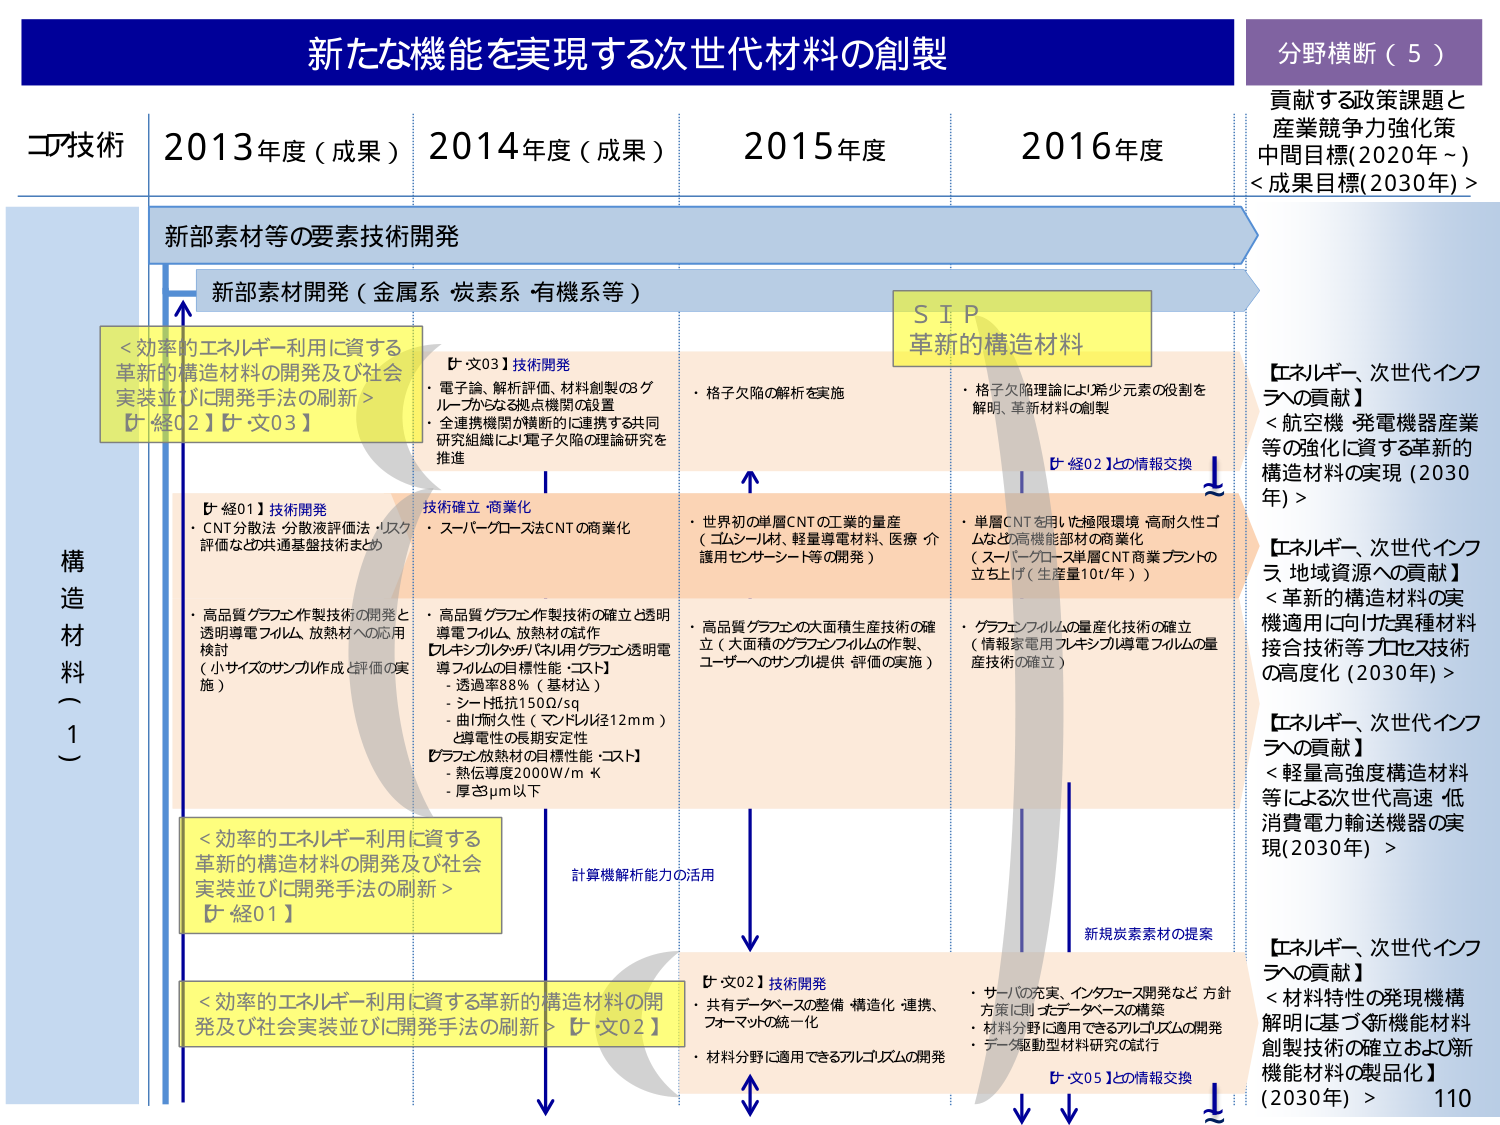
新たな機能を実現する次世代材料の創製

分野横断（5）
貢献する政策課題と
産業競争力強化策
中間目標(2020年～)
<成果目標(2030年)>

コア技術
2013年度（成果） 2014年度（成果） 2015年度 2016年度

新部素材等の要素技術開発
新部素材開発（金属系 炭素系 有機系等）

S I P
革新的構造材料

<効率的エネルギー利用に資する
革新的構造材料の開発及び社会
実装並びに開発手法の刷新>
【経02】【文03】

【文03】技術開発
・電子論、解析評価、材料創製の3グループからなる拠点機関の設置
・全連携機関が横断的に連携する共同研究組織により格子欠陥の理論研究を推進

・格子欠陥の解析を実施

・格子欠陥理論により希少元素の役割を解明、革新材料の創製

【経02】との情報交換

【エネルギー、次世代インフラへの貢献】
<航空機・発電機器産業等の強化に資する革新的構造材料の実現（2030年）>

【エネルギー、次世代インフラ・地域資源への貢献】
<革新的構造材料の実機適用に向けた異種材料接合技術等プロセス技術の高度化（2030年）>

【エネルギー、次世代インフラへの貢献】
<軽量高強度構造材料等による次世代高速低消費電力輸送機器の実現（2030年）>

【エネルギー、次世代インフラへの貢献】
<材料特性の発現機構解明に基づく新機能材料創製技術の確立および新機能材料の製品化>（2030年）

構造材料（1）

【経01】技術開発
・CNT分散法、分散液評価法・リスク評価など共通基盤技術まとめ
・高品質グラフェン作製技術の開発と透明導電フィルム、放熱材への応用検討（小サイズのサンプル作成と評価の実施）

技術確立・商業化
・スーパーグローズ法CNTの商業化
・高品質グラフェン作製技術の確立と透明導電フィルム、放熱材の試作
【レキシブルタッチパネル用グラフェン透明導電フィルムの目標性能・コスト】
- 透過率88%（基材込）
- シート抵抗150Ω/sq
- 曲げ耐久性（マンドレル径12mm）
- 導電性の長期安定性
【グラフェン放熱材の目標性能・コスト】
- 熱伝導度2000W/m·K
- 厚さ3μm以下

・世界初の単層CNTの工業的量産（ゴムシール材、軽量導電材料、医療・介護用センサーシート等の開発）

・単層CNTを用いた極限環境・高耐久性ゴムなど高機能部材の商業化（スーパーグローズ単層CNT商業プラントの立ち上げ（生産量10t/年））

・高品質グラフェンの大面积生産技術の確立（大面积のグラフェンフィルムの作製、ユーザーへのサンプル提供・評価の実施）

・グラフェンフィルムの量産化技術の確立（情報家電用フレキシブル導電フィルムの量産技術の確立）

<効率的エネルギー利用に資する革新的構造材料の開発及び社会実装並びに開発手法の刷新>
【経01】

<効率的エネルギー利用に資する革新的構造材料の開発及び社会実装並びに開発手法の刷新>
【文02】

【文02】技術開発
・共有データベースの整備・構造化・連携、フォーマットの統一化
・材料分野に適用できるアルゴリズムの開発

・サーバの充実、インタフェース開発など方針方策に則ったデータベースの構築
・材料分野に適用できるアルゴリズムの開発
・データ駆動型材料研究の試行

【文05】との情報交換

計算機解析能力の活用

新規炭素素材の提案

110